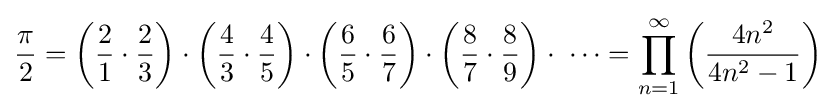
{\frac {\pi }{2}}=\left({\frac {2}{1}}\cdot {\frac {2}{3}}\right)\cdot \left({\frac {4}{3}}\cdot {\frac {4}{5}}\right)\cdot \left({\frac {6}{5}}\cdot {\frac {6}{7}}\right)\cdot \left({\frac {8}{7}}\cdot {\frac {8}{9}}\right)\cdot \;\cdots =\prod _{n=1}^{\infty }\left({\frac {4n^{2}}{4n^{2}-1}}\right)